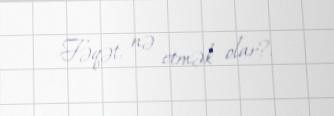
Fəqət, nə etmək olar?.